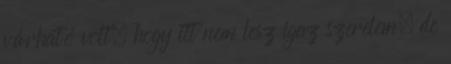
várható volt, hogy itt nem lesz igaz szerelem, de